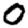
Digit: 0